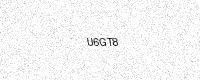
Text: U6GT8